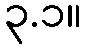
၃.၁။